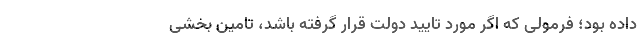
داده بود؛ فرمولی که اگر مورد تایید دولت قرار گرفته باشد، تامین بخشی